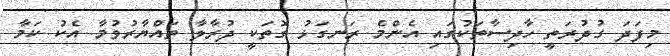
މިފަދަ ގުދުރަތީ ހާދިސާތަކުގައި އެންމެ ރަނގަޅު ގޮތަކީ ދުރާލާ ތައްޔާރުވުމާ އެކު ކަމާ